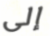
إلى